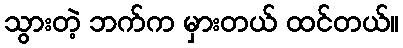
သွားတဲ့ ဘက်က မှားတယ် ထင်တယ်။